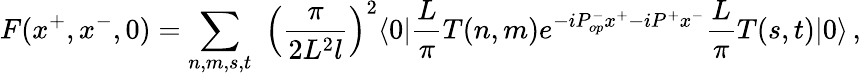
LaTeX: F(x^{+},x^{-},0)=\sum_{n,m,s,t}\, \, \left(\frac{\pi}{2L^{2}l}\right)^{2}\langle 0|\frac{L}{\pi}T(n,m)e^{-iP_{op}^{-}x^{+}-iP^{+}x^{-}}\frac{L}{\pi}T(s,t)|0\rangle\, ,